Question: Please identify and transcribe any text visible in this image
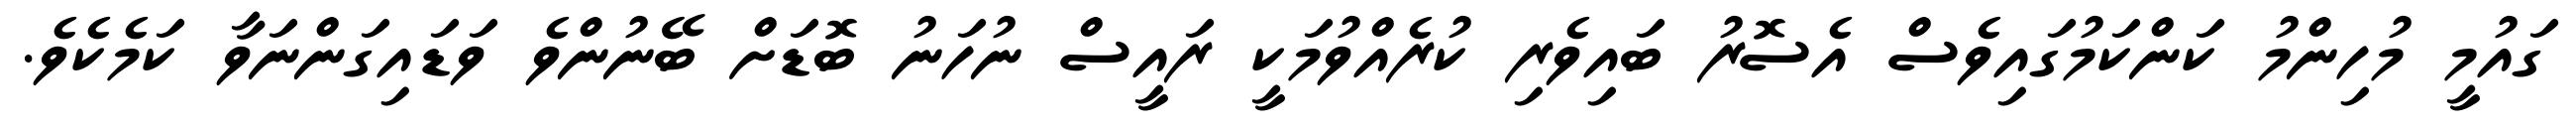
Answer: ގައުމީ މުހިންމު ކަންކަމުގައިވެސް އެސޮރު ބައިވެރި ކުރެއްވުމަކީ ރައީސް ނުހަނު ބޮޑަށް ބޭނުންވެ ވަޑައިގަންނަވާ ކަމެކެވެ.